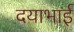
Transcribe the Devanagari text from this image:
दयाभाई